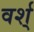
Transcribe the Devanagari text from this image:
वर्श्